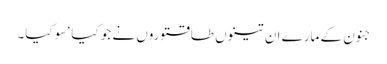
جنون کے مارے ان تینوں طاقتوروں نے جو کیا‘ سو کیا۔